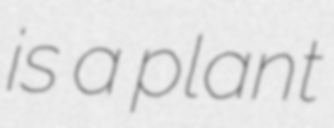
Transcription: is a plant